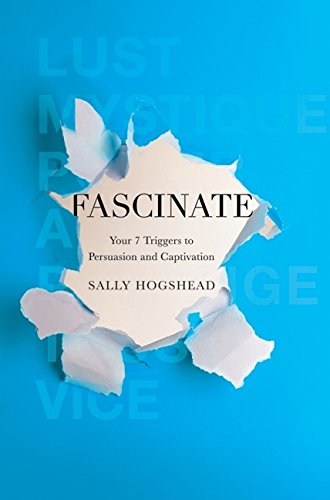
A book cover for Fascinate: Your 7 Triggers to Persuasion and Captivation; Sally Hogshead; Business & Money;